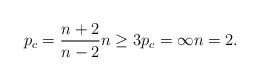
LaTeX: \begin{align*}p_c = \frac{n+2}{n-2} n\geq 3 p_c = \infty n=2.\end{align*}